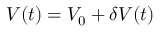
V ( t ) = V _ { 0 } + \delta V ( t )